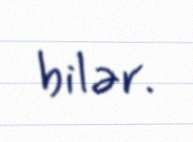
bilər.